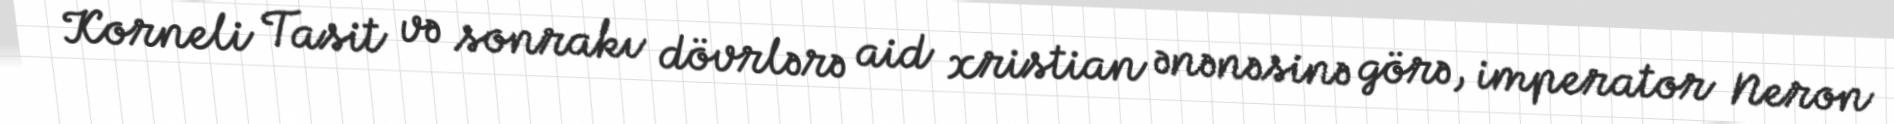
Korneli Tasit və sonrakı dövrlərə aid xristian ənənəsinə görə, imperator Neron